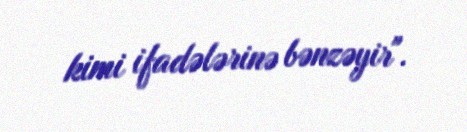
kimi ifadələrinə bənzəyir".